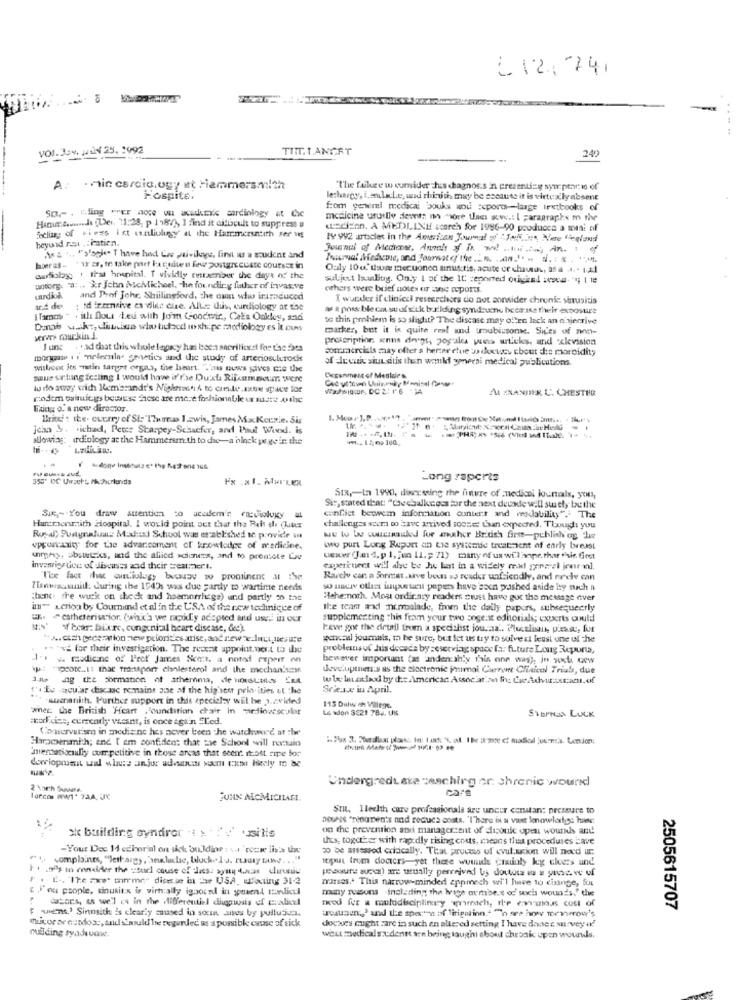
£ 12,741
VOI. Jev. JUN 25, 1992
TIT. LANCET
240
A. . min cardia.ogy at Hammersmith
"The fakee w consider hus chagnos.s 'n presenting syn:ptar. is of
Fospite
lethargy, i. amloche, und rhinitis, may be ascause it is virtually absent
Spr , Cling vrer aore w academic audiology at the
f:om generel medical bouks aod :cports -- laage textbooks of
medicine usuilly dent: no more than xw .: I paragraphs m the
Hamur &wand [Der. "1:28; p 19870} ] find it ciliacult to suppress a
wsdizon. A MEDLINE search for 1996-90 producen a mini of
Secling of bioes Ist canliuhay' at the Hammersntith ser vis
heyund rest .: Pation.
19 992 articles in the American Journal of' "Told us, Nere fiegland
Josenul of Mechose, Auml of Is ww An
Ass ... ">'agje T have had Low privilege, fins ws a student and
horas .. . I es, to take part la quiten few postgre custe courssz in
Ouly 100, thus mec.uonon sinusitis, acute or chaunul, afa 4. - 1.Ad
corsoboy; 1 that hospital. T vividly euttamriber the days of the
saljut landitig. Only 1 at the IC reported ouiviel :even- "4; 1 18
undorg. "a. .. "ir John McMichael, he for.nadiry futher of invasive
others were brief notes er Lang reports.
and Prof Johr, Shillingford, the ouin who iramduced
I wuraler if clinical researchers do not consider chronic shrusitis
; id Intensive es dine che. Alle this, cuniology at the
# x possiblecansuofsitk building synd:unu because their exposure
[Tamos " . ith fout Led with Jo'm Goodwir ., Cela Oakley, and
to this problem is so slight? The discase may often lack an nisjerrive
Dans waks, dimise who booed in shape modiology es it.com
marker, but it is quite roel and roubissone. Sices of non-
werws mourkin.l.
prescription wenns dogs, yogale wes witleks, and clevision
J une . +,ad that this whole legacy has been sherilicxzi for the fats
couchercials zaay efter a herzer che wa doxtoss cbout che morbidity
morgan 1 . melerle. genetics and the study of arteriosclerosis
of decic siut sitis then would yonerai medical publications.
withoot its -metin target orgas, the heart. "Thus ouws gives me the
saus srlung fc:ling I would have it'rae Duxt Rijcamada were
Deganmest of Mesides,
lu do away with Rembrandt's Nightasn & to cresde.azne space for
Wwwia.ur, DC 2: 1'6 "JA
ALEXANDER C. CHESTER
rodem ouisiegs bouess hese are more fashionable ur maste Juthe
Bring o. a new director.
Brief : ite. curry of St:"1?urnas I .zwis, James M.x Kenzie. Sir
jean & .. ichad, Pete: Starpey-Schaefer, and Paul Wind. is
allowing: ardiology at the Hammersmith to die-a'black ye geir the
..
355' DC Uwseht, ik. Jacrlands
Long raperts
SIX ,- In 1990, discussing the future of medical jounalx, you,
Sis, stated that: ""De chalkeecs for the next deuxde will surely be the
Sik ,- You draw attention to academ's raviolugy
conflict between information contert and meddability". The
Hurcmcrsmith Hospital. I would point out Laur the Reh shi (Liter
challenges scema to have arrived sooses than expected. Though you
Royal) Portynafun! Maxhax) School was erablished to provide a
NU to be wucould for maher Brideh firm-publish og lie
opportunity for the advancement of knowledge of medicine.
two purt Long Report on the systemie treatment of enrly breast
urgeto, absweks, and the allied scieners, and to) prontole Cre
uewer (Jad,p 1, jon 11, > 71) maarty of us willianpe, thar .sie. Gret
Invenrigs ton of diseases and their seatmmer.t.
caperineet will diye be hu bat in a widely me.kl grarsi jour-w.
The fact the audiology bouwv w prominent at the
Rarely can a Sorest .save bom so reader unfriendly, and erde can
Tienesomnil. during the 1543s was due pardy to wartime needs
wo unuy ollast inyse wen papers have aoch washed aside by such a
;bene fre wuck on thesk and haemorrhage) und partly on the
Hehe:noch. Most ordinary readers must have guc the message nver
im" Lerion by Courund et al in the USA of the new technique of
the tears arxi ninbalade, from the daily papers, subrequeerly
U. catheteriwrior (which we mpkly adopted aud used in our
supplementing this fram your two Enge.xt edhotials; experts could
of bcar: blure, congenial heart disease, dee).
Fever goe the drutil from a specialist jouraz .. Pluslisant, piesse, fur
:J .. cash peceraion new priorities arise, andrew Te.laut,lesue
goncal joumals, m he sure, but let us try to solve at least one of the
.- "ya for their investigation. The recent appoint.vert to the
problemsof his doesda by =eserviag space for future Loug Reporta,
J. . . masdione of Prof James Sicent. a noted repair en
bewever important (as unden ahly this one was), in wust Gew
wut pot .. it that transport clinlesterol and the mechanismf
deveupmen's as the electronic jmuimal Cieron Clinical Trials, due
3.Me ng the formation of atherma, de worstantes ERA
w le: ku alex by die Americac Associar.an th: CeAuxcan.of
t'. Eu qcular disease remains que af the hig'sest prin ities ut the
Sciesx in April.
waardih. Further support in this specialty will be 3.2vided
115 Dulw ch Villege.
when the British 'Heart .foundation chair in medioucscsbor
Le wJon 3221 784. UK
codicine, currently vacant, is once again "Led.
STEPNas LUCK
Conservat'sm in mediene hes never been the watchwerd at the
Harpoenmich; end [ em confident that the School will remain
'mercatiscully com petitive in those areas that seen. itost ripe for
Undergrediete zeschirg or: shranic woured
car
JOHN MCMICHAEL.
Smu, Ileelth care professionals are uncur constan: pressure to
nouss "renanen's nud roducs coats. 'I'here in a vant lenowlarge haes
on the prevention and managersent of dicoule open wounds and
sk building syndrer "1 " silis
uhrs, togutter with rapidly rising couts, cieons that procedures lave
-Your Des 14 edinarial on siel bulding :sa'cesse lin's the
co be assessed critically. That process of evul.xxion will nocd ur.
Ft. complaints, "lethargy , 'aelulae, bluchels. ruuty Low ... "
itsmat trum doctcrs-yet there wouldla craunly kg ckers und
It .n's to consider the =tudl couse of lasse syny tatt chirunie
F . E. The new time" dice se in -w USA. whocting 31-2
marses .. This narrow-minded appmech wi'l have to disinge, Sos
6 . ou people, tinusit's is virtually ignored in guent tundlice
muny reasons including the base oumbe.t od' soch wounds." the
Casoes, es we'l es in the differentiel digginsis of maliced
need for a multidisciplinugy wirnach, the cwmoss cou of
F wins' Sinnsith is clearly caused in soci auses by pullu-jun.
2505615707
dowes cught zare in such en altered setting I have danes survey of
muilding tyadeunw.
miyor ar cusdosc, and stsould be regarded as a possible cause of sick
west medical sudentt see bring laughi about chronic upen wowws.